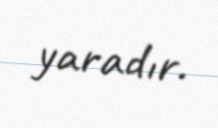
yaradır.